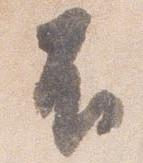
不